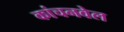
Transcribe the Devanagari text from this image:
कांचनवेल